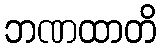
ဘဏထာတိ